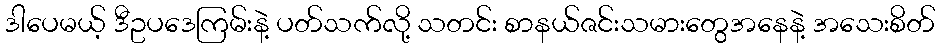
ဒါပေမယ့် ဒီဥပဒေကြမ်းနဲ့ ပတ်သက်လို့ သတင်း စာနယ်ဇင်းသမားတွေအနေနဲ့ အသေးစိတ်